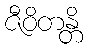
ဇီဝိတန္တိ